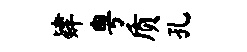
肄粤质孔